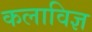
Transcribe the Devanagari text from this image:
कलाविज्ञ